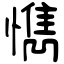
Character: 懏